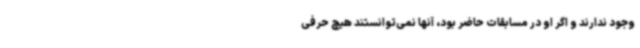
وجود ندارند و اگر او در مسابقات حاضر بود، آنها نمی‌توانستند هیچ حرفی